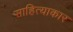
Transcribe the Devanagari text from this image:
साहित्याकार